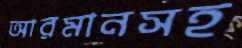
আরমানসহ